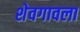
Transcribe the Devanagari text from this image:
शेवगावला